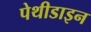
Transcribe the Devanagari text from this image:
पेथीडाइन